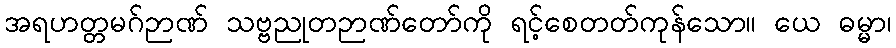
အရဟတ္တမဂ်ဉာဏ် သဗ္ဗညုတဉာဏ်တော်ကို ရင့်စေတတ်ကုန်သော။ ယေ ဓမ္မာ၊